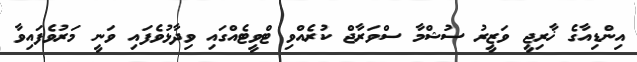
އިންޑިއާގެ ޚާރިޖީ ވަޒީރު ސުޝްމާ ސްވަރާޖް ކުރެއްވި ޓްވީޓެއްގައި ވިދާޅުވެފައި ވަނީ މަރުވެފައިވާ